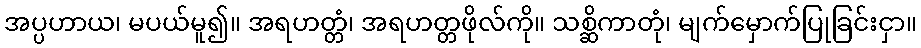
အပ္ပဟာယ၊ မပယ်မူ၍။ အရဟတ္တံ၊ အရဟတ္တဖိုလ်ကို။ သစ္ဆိကာတုံ၊ မျက်မှောက်ပြုခြင်းငှာ။